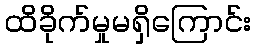
ထိခိုက်မှုမရှိကြောင်း